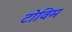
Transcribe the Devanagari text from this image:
टोविम